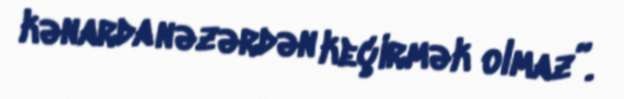
kənarda nəzərdən keçirmək olmaz”.